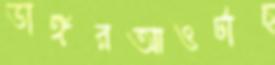
ডাঙ্গরআওটাচ্